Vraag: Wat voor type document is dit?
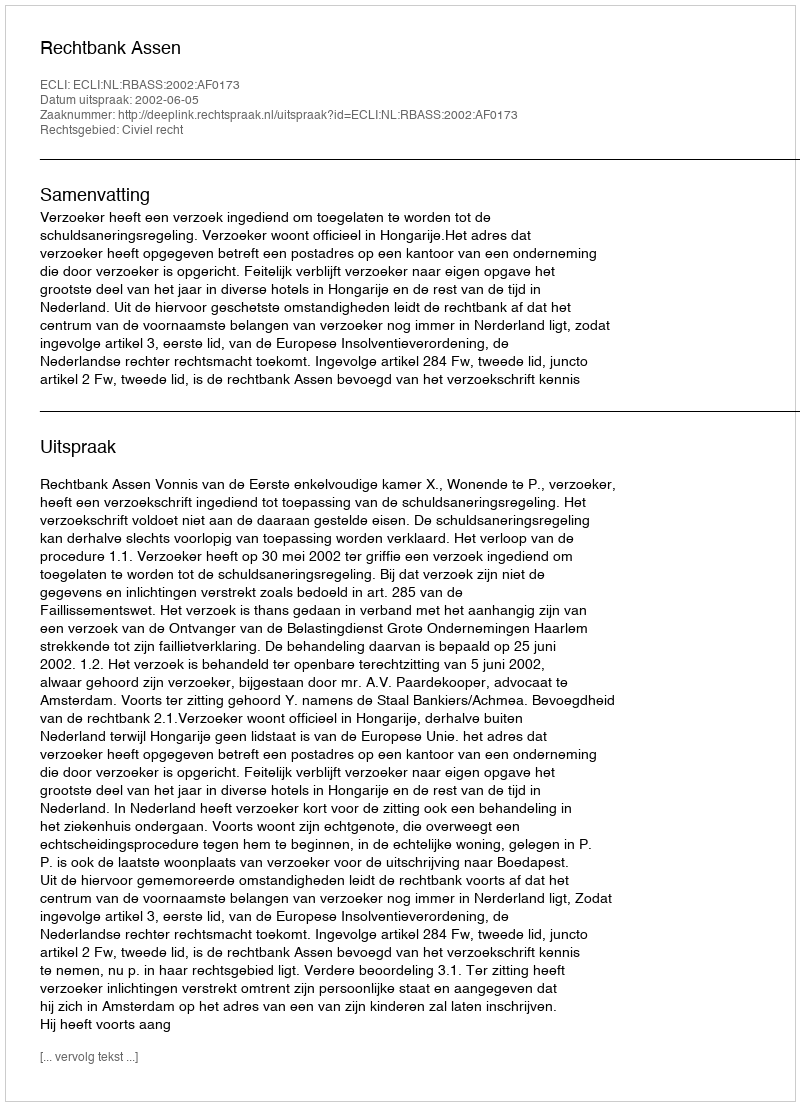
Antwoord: Uitspraak